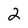
Character: 2